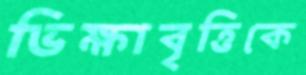
ভিক্ষাবৃত্তিকে